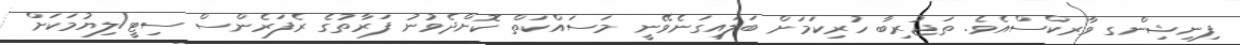
ފިނިޝިންގ ވާރކްސްއެވެ. ތަޖުރިބާ ހުރިކަމަށް ބަލައިގަނެވޭނީ މަސައްކަތް ކޮށްދެވުނު ފަރާތުގެ ރެފަރެންސް ސިޓީ/ލިޔުމަކަށް